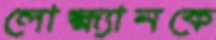
লোহ্ম্যানকে